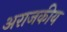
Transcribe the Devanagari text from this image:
अराजकीय